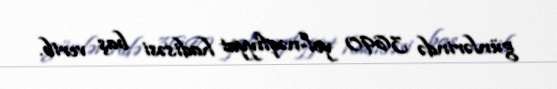
günlərində 3690 yol-nəqliyyat hadisəsi baş verib.